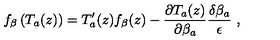
f _ { \beta } \left( T _ { a } ( z ) \right) = T _ { a } ^ { \prime } ( z ) f _ { \beta } ( z ) - \frac { \partial T _ { a } ( z ) } { \partial \beta _ { a } } \frac { \delta \beta _ { a } } { \epsilon } \ ,